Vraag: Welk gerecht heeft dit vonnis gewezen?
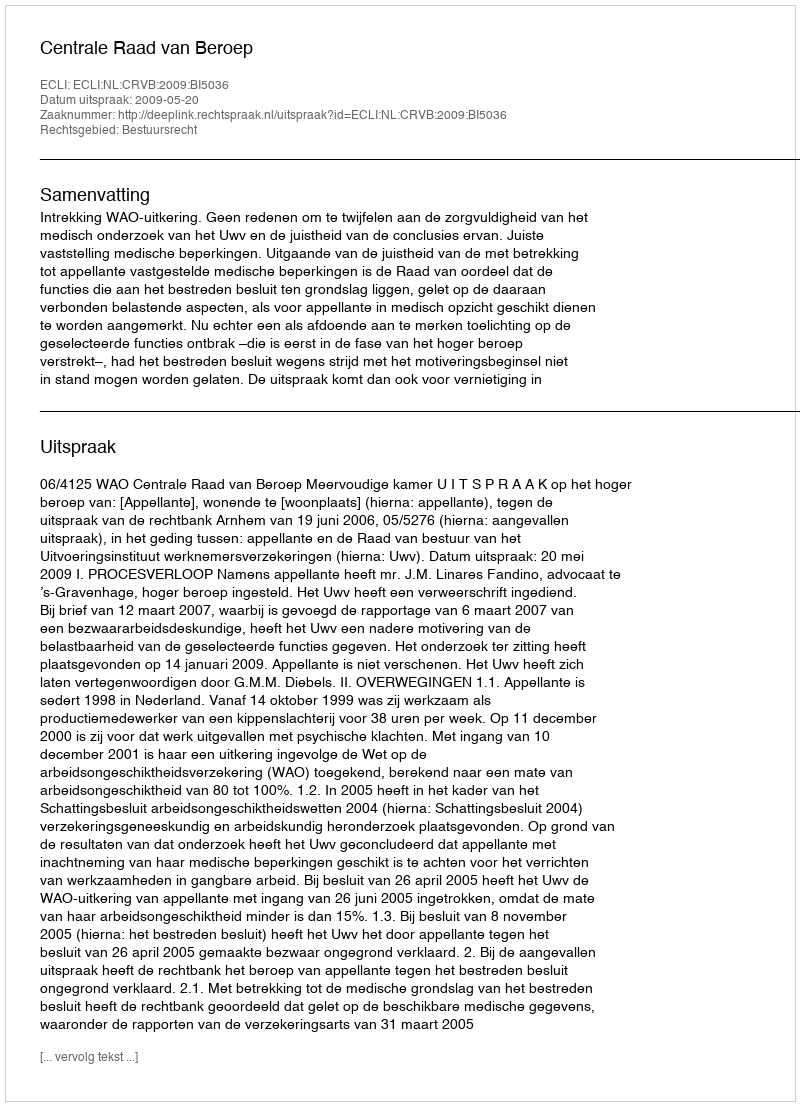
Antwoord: Centrale Raad van Beroep